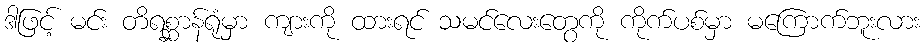
ဒါဖြင့် မင်း တိရစ္ဆာန်ရုံမှာ ကျားကို ထားရင် သမင်လေးတွေကို ကိုက်ပစ်မှာ မကြောက်ဘူးလား